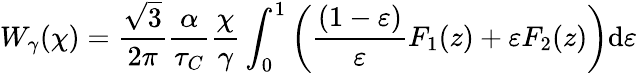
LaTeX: W_{\gamma}(\chi)=\frac{\sqrt{3}}{2\pi}\frac{\alpha}{\tau_{C}}\frac{\chi}{\gamma}\int_{0}^{1}\left(\frac{(1-\varepsilon)}{\varepsilon}F_{1}(z)+\varepsilon F_{2}(z)\right)\mathrm{d}\varepsilon